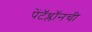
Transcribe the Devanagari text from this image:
पेंटॅथ्लॉनची